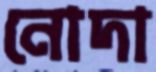
নোদা